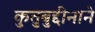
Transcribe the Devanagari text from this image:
कुतुबुद्दीनाने